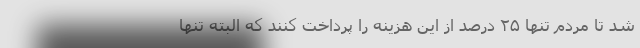
شد تا مردم تنها ۲۵ درصد از این هزینه را پرداخت کنند که البته تنها